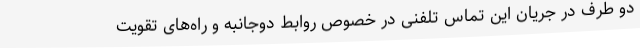
دو طرف در جریان این تماس تلفنی در خصوص روابط دوجانبه و راه‌های تقویت